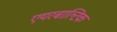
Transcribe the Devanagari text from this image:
एयरबाल्टिक